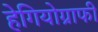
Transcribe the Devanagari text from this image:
हेगियोग्राफी